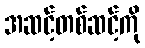
အဆင့်တစ်ဆင့်ကို